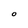
Character: O